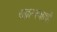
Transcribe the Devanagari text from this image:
राद्वान्स्काची